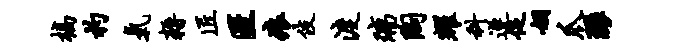
槁杓气耨匠匿痕伎渡璃陶耀科遂促姻爪环